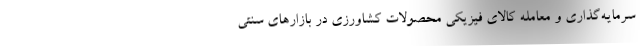
سرمایه‌گذاری و معامله کالای فیزیکی محصولات کشاورزی در بازارهای سنتی